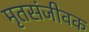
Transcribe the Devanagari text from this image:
मृतसंजीवक